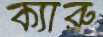
ক্যারু